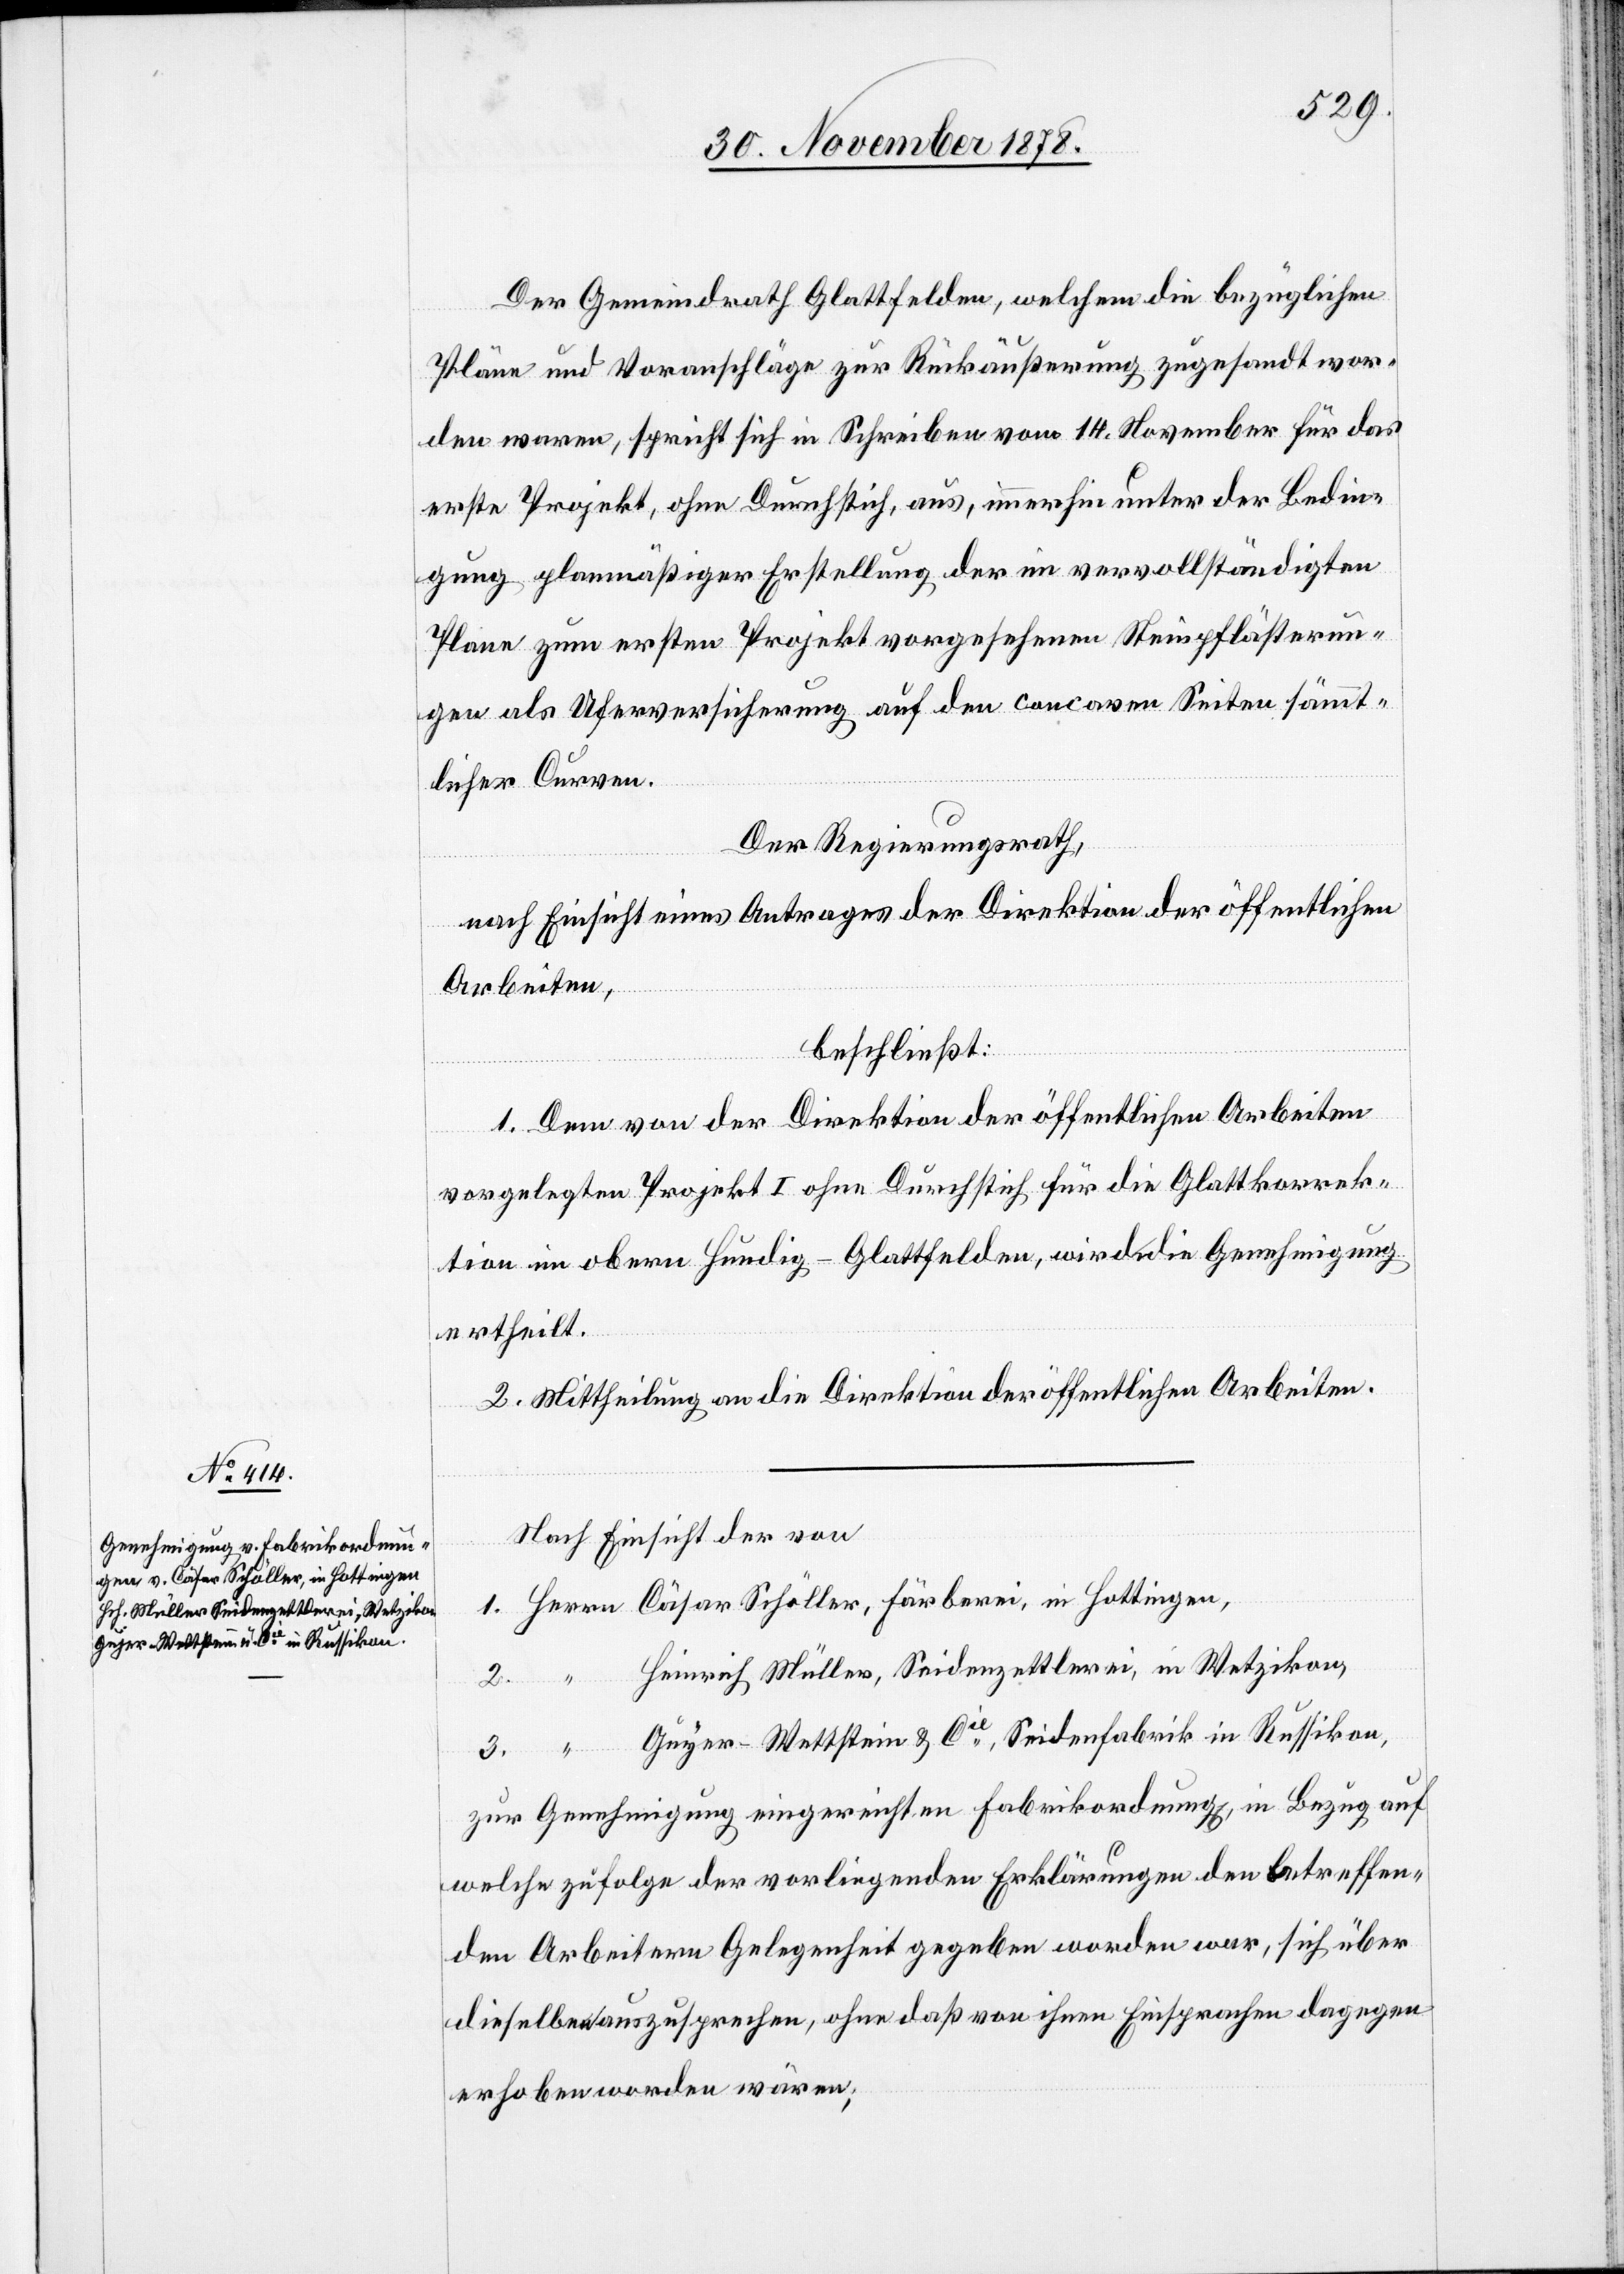
Der Gemeindrath Glattfelden, welchem die bezüglichen
Pläne und Voranschläge zur Rückäußerung zugesandt wor¬
den waren, spricht sich in Schreiben vom 14. November für das
erste Projekt, ohne Durchstich, aus, immerhin unter der Bedin¬
gung planmäßiger Erstellung der im vervollständigten
Plane zum ersten Projekt vorgesehenen Steinpflästerun¬
gen als Uferversicherung auf den concaven Seiten sämmt¬
lichen Curven.
2.
Der Regierungsrath,
nach Einsicht eines Antrages der Direktion der öffentlichen
Arbeiten,
beschließt:
1. Dem von der Direktion der öffentlichen Arbeiten
vorgelegten Projekt I ohne Durchstich für die Glattkorrek¬
tion im obern Hundig - Glattfelden, wird die Genehmigung
ertheilt.
2. Mittheilung an die Direktion der öffentlichen Arbeiten.
Nach Einsicht der von
1. Herrn Cäsar Schöller, Färberei, in Hottingen,
Heinrich Müller, Seidenzettlerei, in Wetzikon,
3. “ Guyer-Wettstein & Cie, Seidenfabrik in Russikon,
zur Genehmigung eingereichten Fabrikordnung[en], in Bezug auf
welche zufolge der vorliegenden Erklärungen den betreffen¬
den Arbeitern Gelegenheit gegeben worden war, sich über
dieselben auszusprechen, ohne daß von ihnen Einsprachen dagegen
erhoben worden wären;